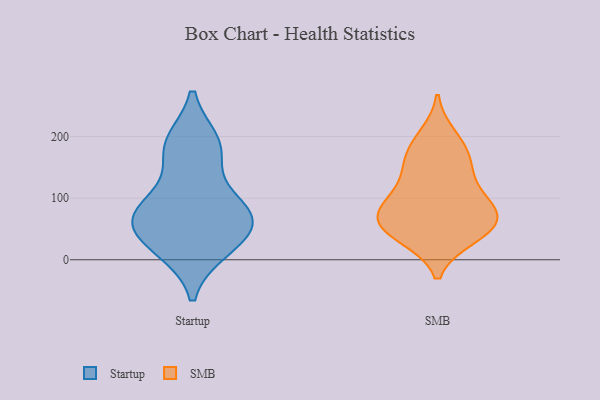
{"axis": {"x": "Backlog", "y": "Value"}, "legend": ["SMB", "Startup"], "data": [{"x": "", "y": 49, "type": "Startup"}, {"x": "", "y": 17, "type": "Startup"}, {"x": "", "y": 82, "type": "Startup"}, {"x": "", "y": 83, "type": "Startup"}, {"x": "", "y": 187, "type": "Startup"}, {"x": "", "y": 54, "type": "Startup"}, {"x": "", "y": 65, "type": "Startup"}, {"x": "", "y": 19, "type": "Startup"}, {"x": "", "y": 190, "type": "Startup"}, {"x": "", "y": 171, "type": "Startup"}, {"x": "", "y": 89, "type": "Startup"}, {"x": "", "y": 102, "type": "SMB"}, {"x": "", "y": 42, "type": "SMB"}, {"x": "", "y": 129, "type": "SMB"}, {"x": "", "y": 44, "type": "SMB"}, {"x": "", "y": 37, "type": "SMB"}, {"x": "", "y": 59, "type": "SMB"}, {"x": "", "y": 200, "type": "SMB"}, {"x": "", "y": 85, "type": "SMB"}, {"x": "", "y": 147, "type": "SMB"}, {"x": "", "y": 180, "type": "SMB"}, {"x": "", "y": 80, "type": "SMB"}, {"x": "", "y": 71, "type": "SMB"}, {"x": "", "y": 72, "type": "SMB"}, {"x": "", "y": 165, "type": "SMB"}]}